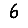
Digit: 6